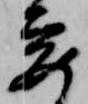
要